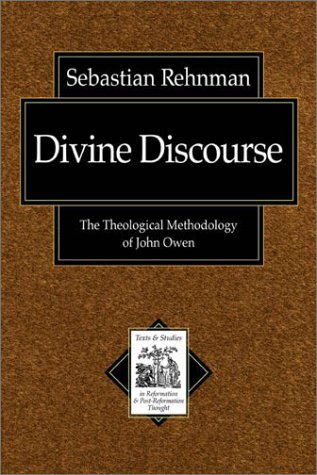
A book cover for Divine Discourse: The Theological Methodology of John Owen (Texts and Studies in Reformation and Post-Reformation Though); Sebastian Rehnman; Christian Books & Bibles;